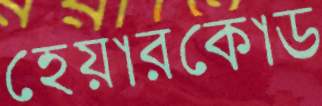
হেয়ারকোড